65_HS1-834228961_62-HQ-83894_Section_4
Agency: FBI
Page 132
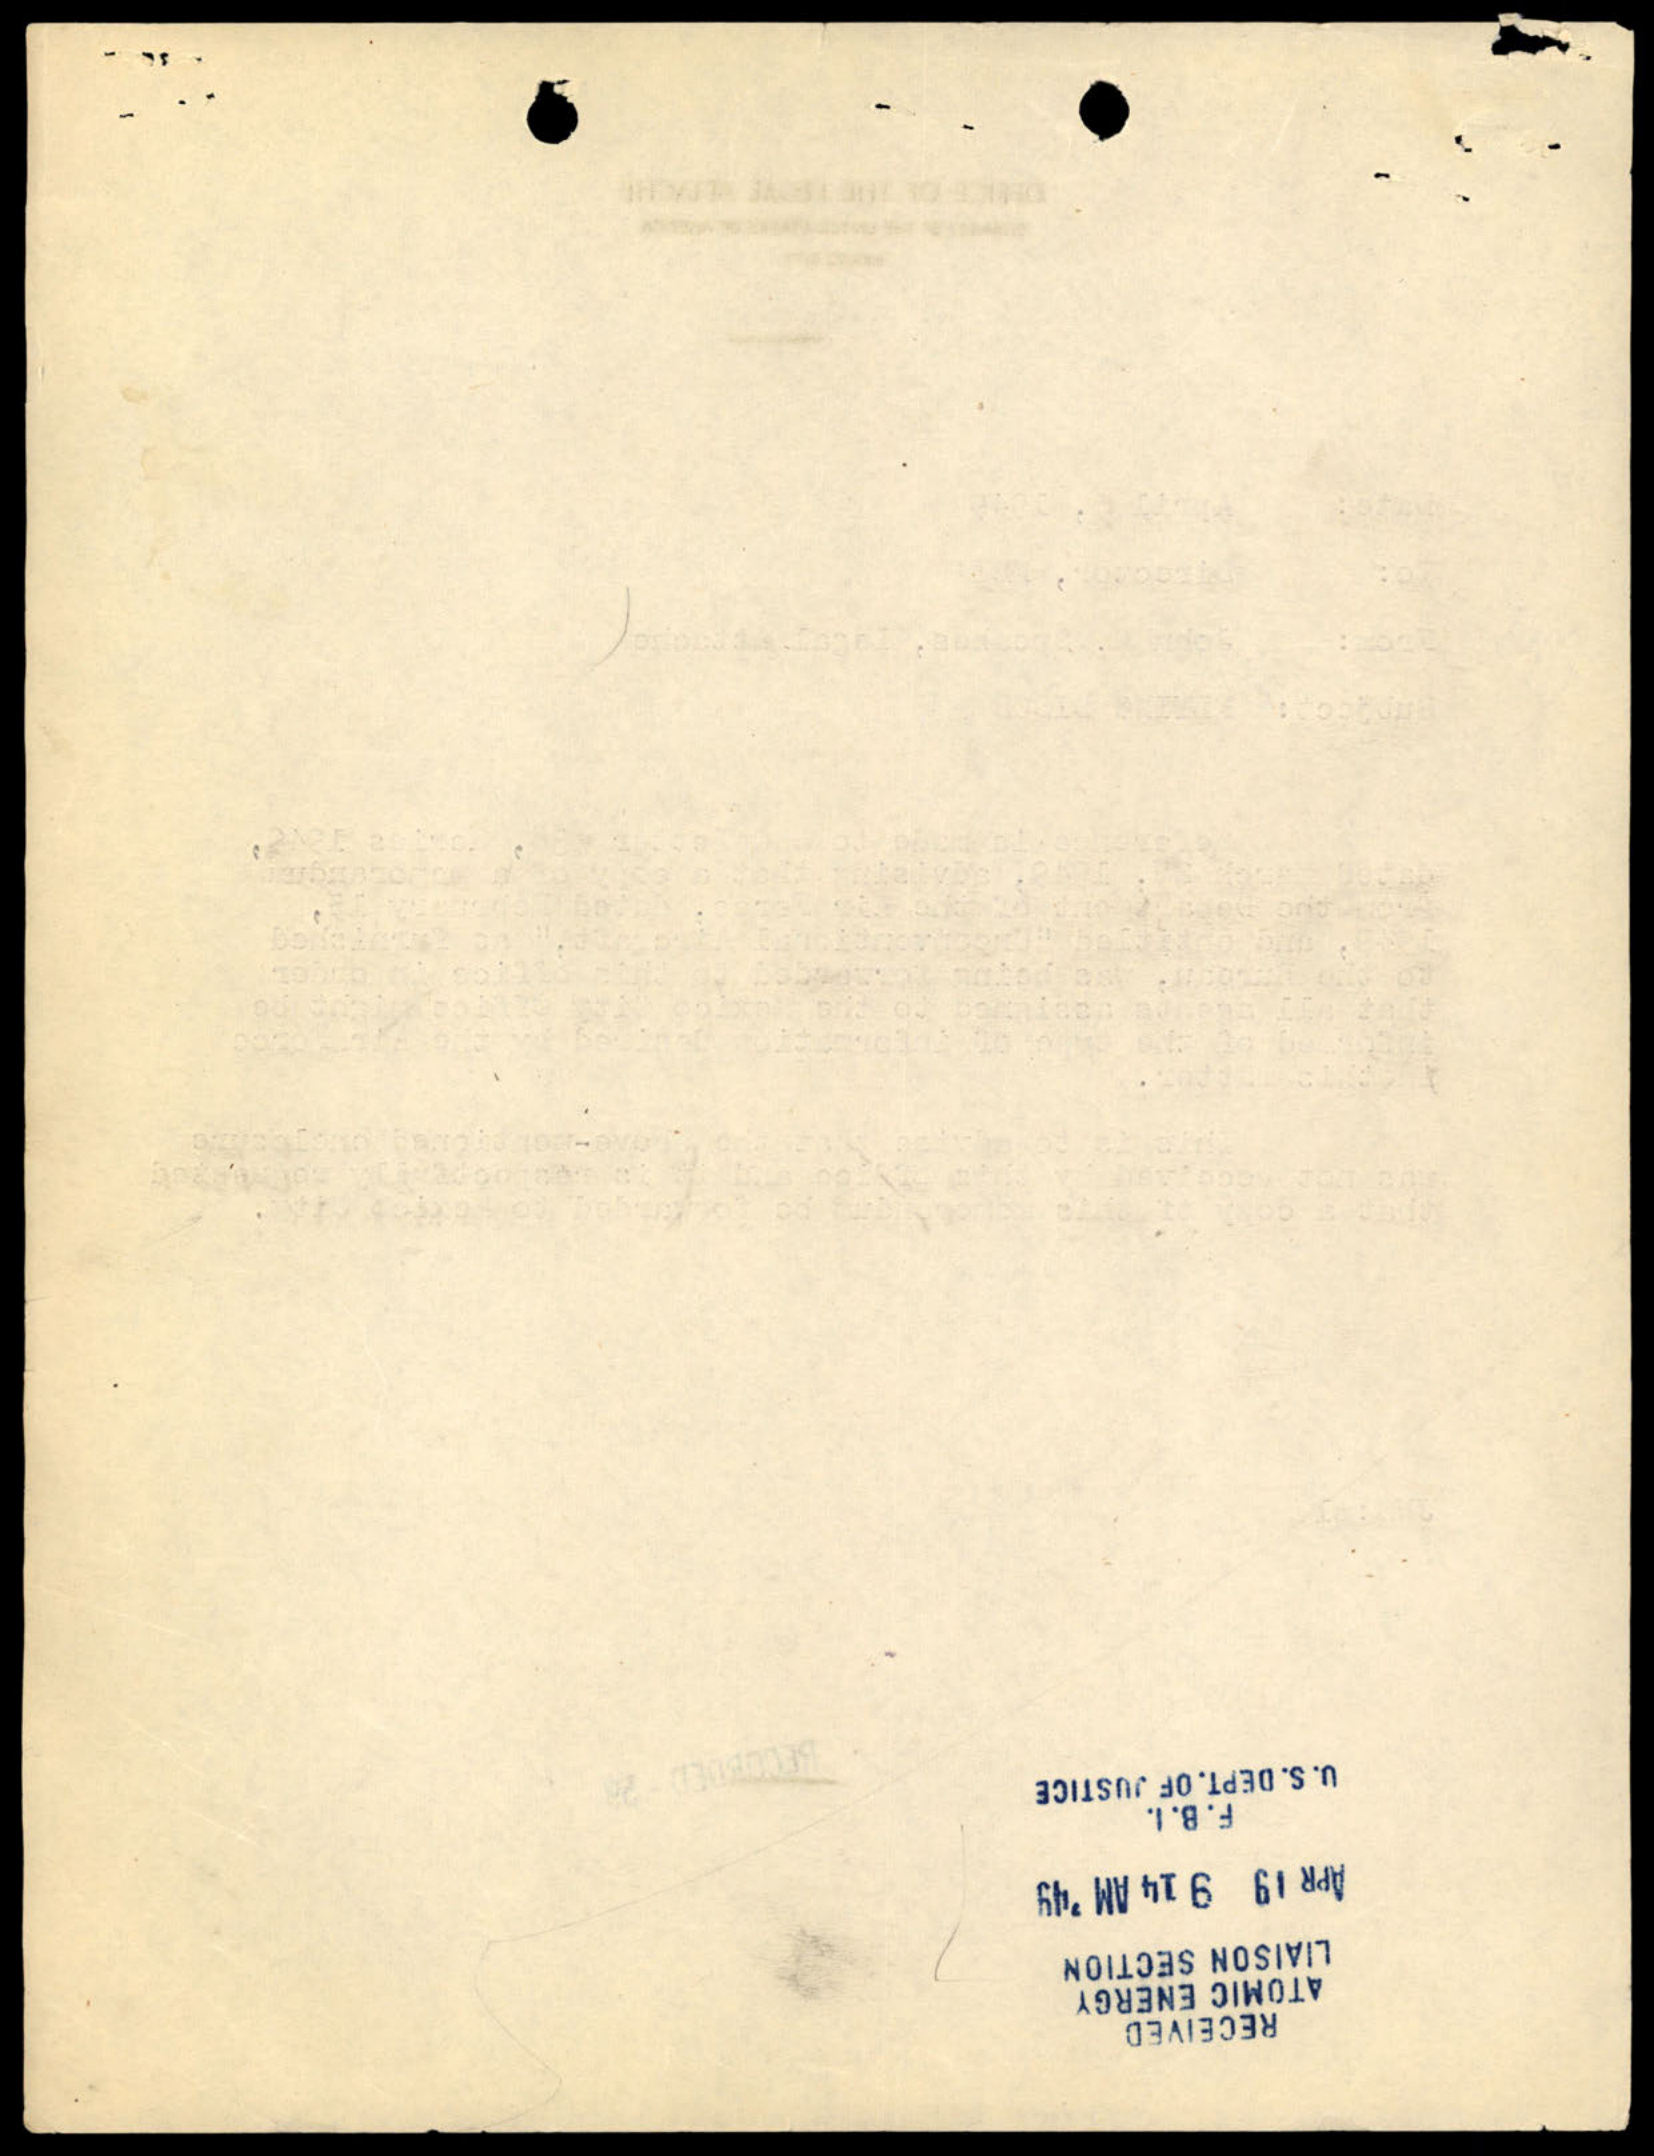